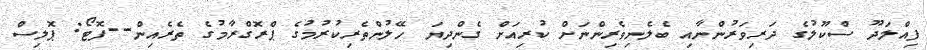
ފިއްލަދޫ ސްކޫލުގެ ދަރިވަރުންނާއި ބެލެނިވެރިންނަށް ކުރިއަށް ގެންދިޔަ ހޭލުންތެރިކުރުމުގެ ޕްރޮގްރާމުގެ ތެރެއިން--ފޮޓޯ: ޕޮލިސް